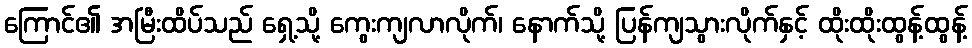
ကြောင်၏ အမြီးထိပ်သည် ရှေ့သို့ ကွေးကျလာလိုက်၊ နောက်သို့ ပြန်ကျသွားလိုက်နှင့် ထိုးထိုးထွန့်ထွန့်